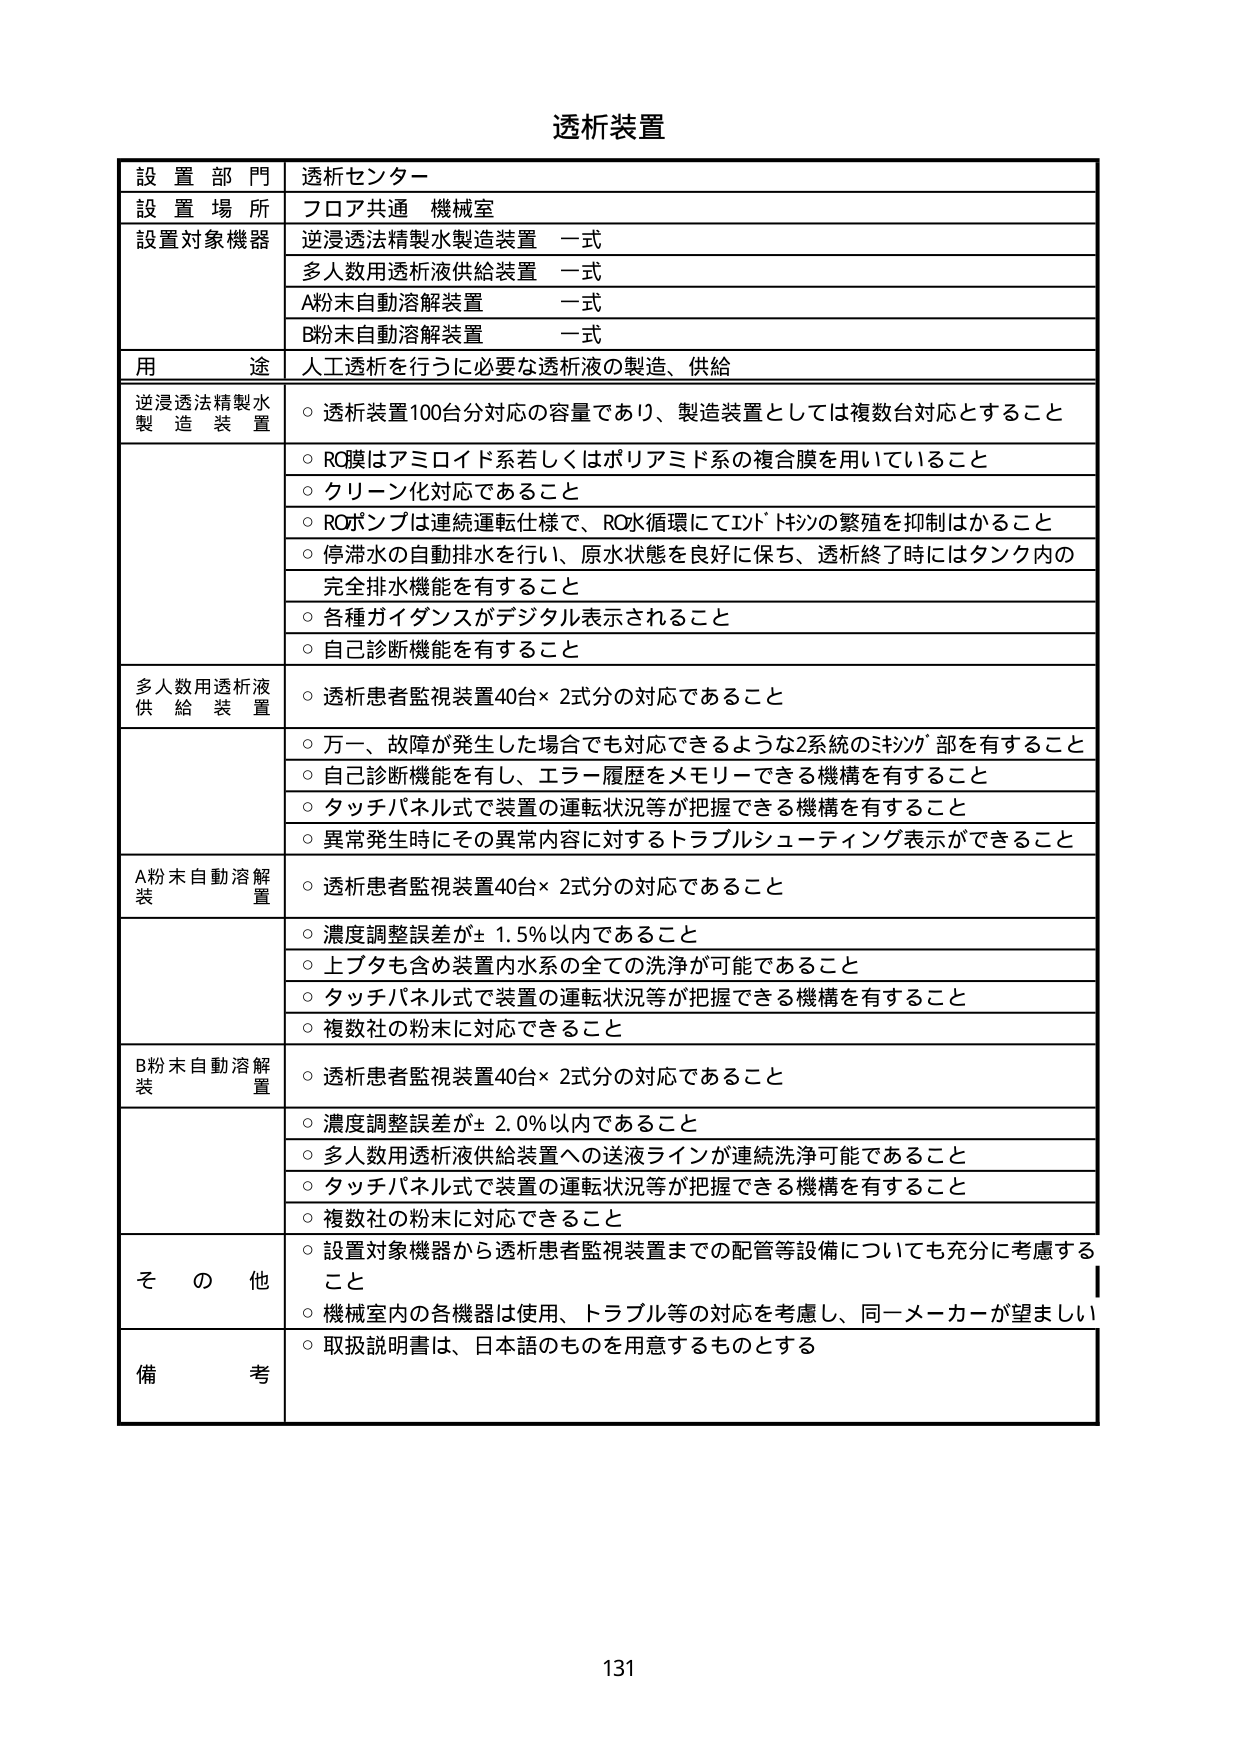
透析装置

設置部門 透析センター
設置場所 フロア共通 機械室
設置対象機器 逆浸透法精製水製造装置 一式
　　　　　　多人数用透析液供給装置 一式
　　　　　　A粉末自動溶解装置 一式
　　　　　　B粉末自動溶解装置 一式
用途 人工透析を行うに必要な透析液の製造、供給

逆浸透法精製水製造装置
○ 透析装置100台分対応の容量であり、製造装置としては複数台対応とすること
○ RO膜はアミロイド系若しくはポリアミド系の複合膜を用いていること
○ クリーン化対応であること
○ ROポンプは連続運転仕様で、RO水循環にてエンドトキシンの繁殖を抑制はかること
○ 停滞水の自動排水を行い、原水状態を良好に保ち、透析終了時にはタンク内の完全排水機能を有すること
○ 各種ガイダンスがデジタル表示されること
○ 自己診断機能を有すること

多人数用透析液供給装置
○ 透析患者監視装置40台×2式分の対応であること
○ 万一、故障が発生した場合でも対応できるような2系統のミシン部を有すること
○ 自己診断機能を有し、エラー履歴をメモリーできる機構を有すること
○ タッチパネル式で装置の運転状況等が把握できる機構を有すること
○ 異常発生時にその異常内容に対するトラブルシューティング表示ができること

A粉末自動溶解装置
○ 透析患者監視装置40台×2式分の対応であること
○ 濃度調整誤差が±1.5%以内であること
○ 上ブタも含め装置内水系の全ての洗浄が可能であること
○ タッチパネル式で装置の運転状況等が把握できる機構を有すること
○ 複数社の粉末に対応できること

B粉末自動溶解装置
○ 透析患者監視装置40台×2式分の対応であること
○ 濃度調整誤差が±2.0%以内であること
○ 多人数用透析液供給装置への送液ラインが連続洗浄可能であること
○ タッチパネル式で装置の運転状況等が把握できる機構を有すること
○ 複数社の粉末に対応できること

その他
○ 設置対象機器から透析患者監視装置までの配管等設備についても充分に考慮すること
○ 機械室内の各機器は使用、トラブル等の対応を考慮し、同一メーカーが望ましい
○ 取扱説明書は、日本語のものを用意するものとする

備考

131